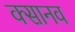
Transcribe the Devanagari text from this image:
क्सानव